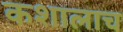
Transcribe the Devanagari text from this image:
कशालाच